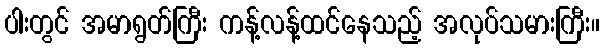
ပါးတွင် အမာရွတ်ကြီး ကန့်လန့်ထင်နေသည့် အလုပ်သမားကြီး။